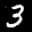
Label: 3